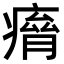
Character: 𤸾